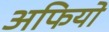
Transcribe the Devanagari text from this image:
अफियो